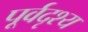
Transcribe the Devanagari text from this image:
पूर्वदृश्य